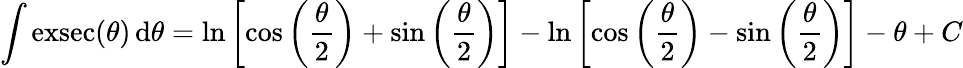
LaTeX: \int\operatorname{exsec}(\theta)\, \mathrm{d}\theta=\ln\left[\cos\left({\frac{\theta}{2}}\right)+\sin\left({\frac{\theta}{2}}\right)\right]-\ln\left[\cos\left({\frac{\theta}{2}}\right)-\sin\left({\frac{\theta}{2}}\right)\right]-\theta+C